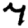
Digit: 7